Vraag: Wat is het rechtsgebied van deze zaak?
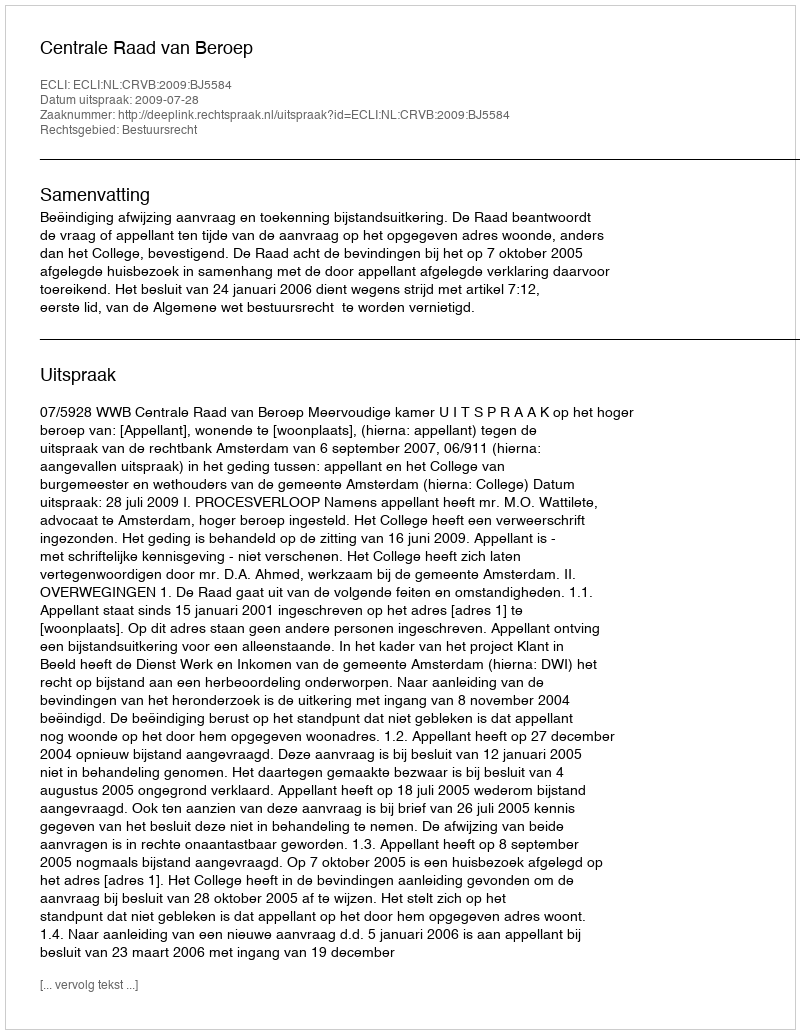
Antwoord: Bestuursrecht